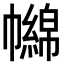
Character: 𢅧